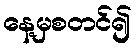
နေ့မှစတင်၍